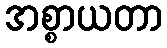
အစ္စာယတာ